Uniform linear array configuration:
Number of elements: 8
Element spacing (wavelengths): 0.75
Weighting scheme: hamming
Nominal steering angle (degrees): -30
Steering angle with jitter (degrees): -28.309
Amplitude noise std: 0.05
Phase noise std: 0.05

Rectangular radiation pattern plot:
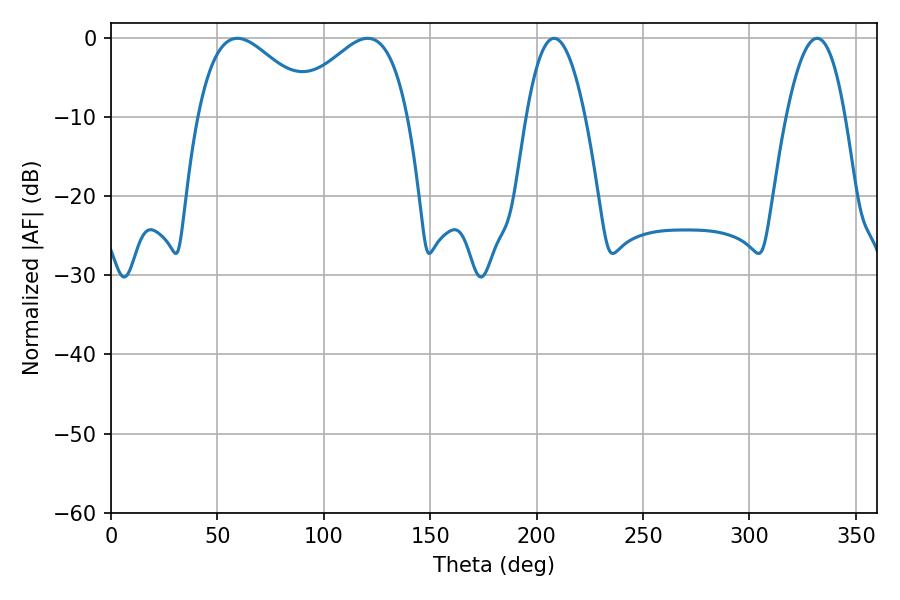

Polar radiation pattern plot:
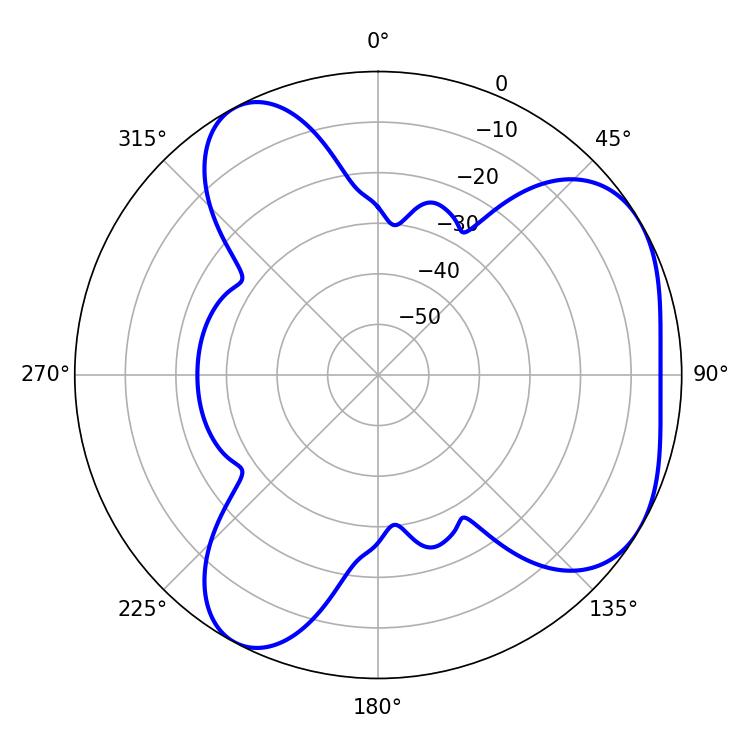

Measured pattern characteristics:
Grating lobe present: TRUE
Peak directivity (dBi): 4.676
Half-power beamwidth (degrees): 30.06
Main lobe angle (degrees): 59.4